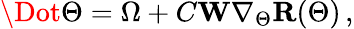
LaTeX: \begin{array}{r}{\Dot{\Theta}=\Omega+C\mathbf{W}\nabla_{\Theta}\mathbf{R}(\Theta)\, ,}\end{array}